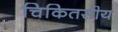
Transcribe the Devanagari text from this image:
चिकितसीय